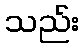
သည်း